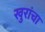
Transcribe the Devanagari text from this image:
खुरांचा